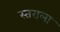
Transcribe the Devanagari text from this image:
स्तराला